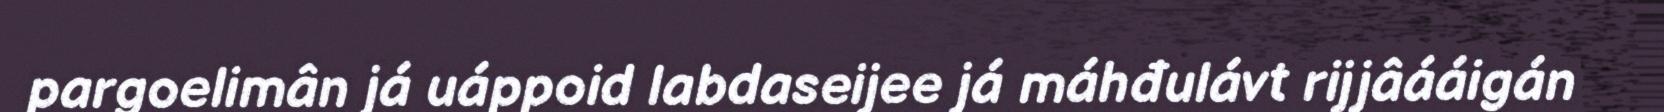
pargoelimân já uáppoid labdaseijee já máhđulávt rijjâááigán